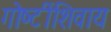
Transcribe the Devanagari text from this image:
गोष्‍टींशिवाय